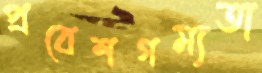
প্রবেশগম্যতা